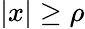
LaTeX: |x|\geq\rho